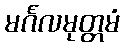
မင်္ဂလမုတ္တမံ